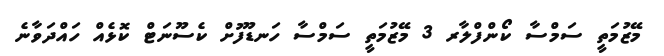
މޭޒުމަތީ ސަމްސާ ކޯންފްލާރ 3 މޭޒުމަތީ ސަމްސާ ހަނޑޫފުށް ކެސޫނަޓް ކޮޅެއް ހައްދަވާނެ